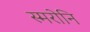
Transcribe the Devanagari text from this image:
स्मरोनि